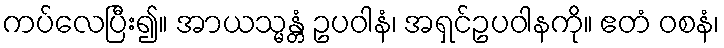
ကပ်လေပြီး၍။ အာယသ္မန္တံ ဥပဝါနံ၊ အရှင်ဥပဝါနကို။ ဧတံ ဝစနံ၊